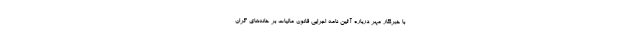
با خبرنگار مهر درباره آئین نامه اجرایی قانون مالیات بر خانه‌های گران